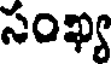
సంఖ్య